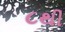
૮થી